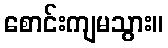
စောင်းကျမသွား။